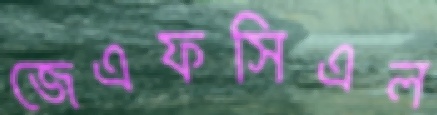
জেএফসিএল